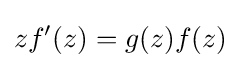
zf^{\prime }(z)=g(z)f(z)